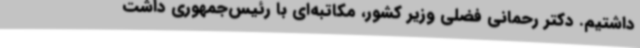
داشتیم. دکتر رحمانی فضلی وزیر کشور، مکاتبه‌ای با رئیس‌جمهوری داشت